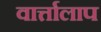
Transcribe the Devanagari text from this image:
वार्त्तालाप